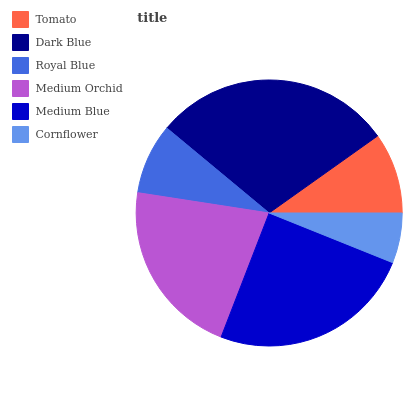
| Tomato | Dark Blue | Royal Blue | Medium Orchid | Medium Blue | Cornflower |
 | --- | --- | --- | --- | --- | --- |
 | 9.84% | 29.1% | 8.6% | 21.5% | 24.8% | 6.08% |